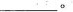
___。